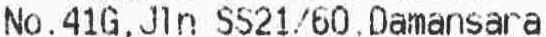
NO.41G,JLN SS21/60,DAMANSARA